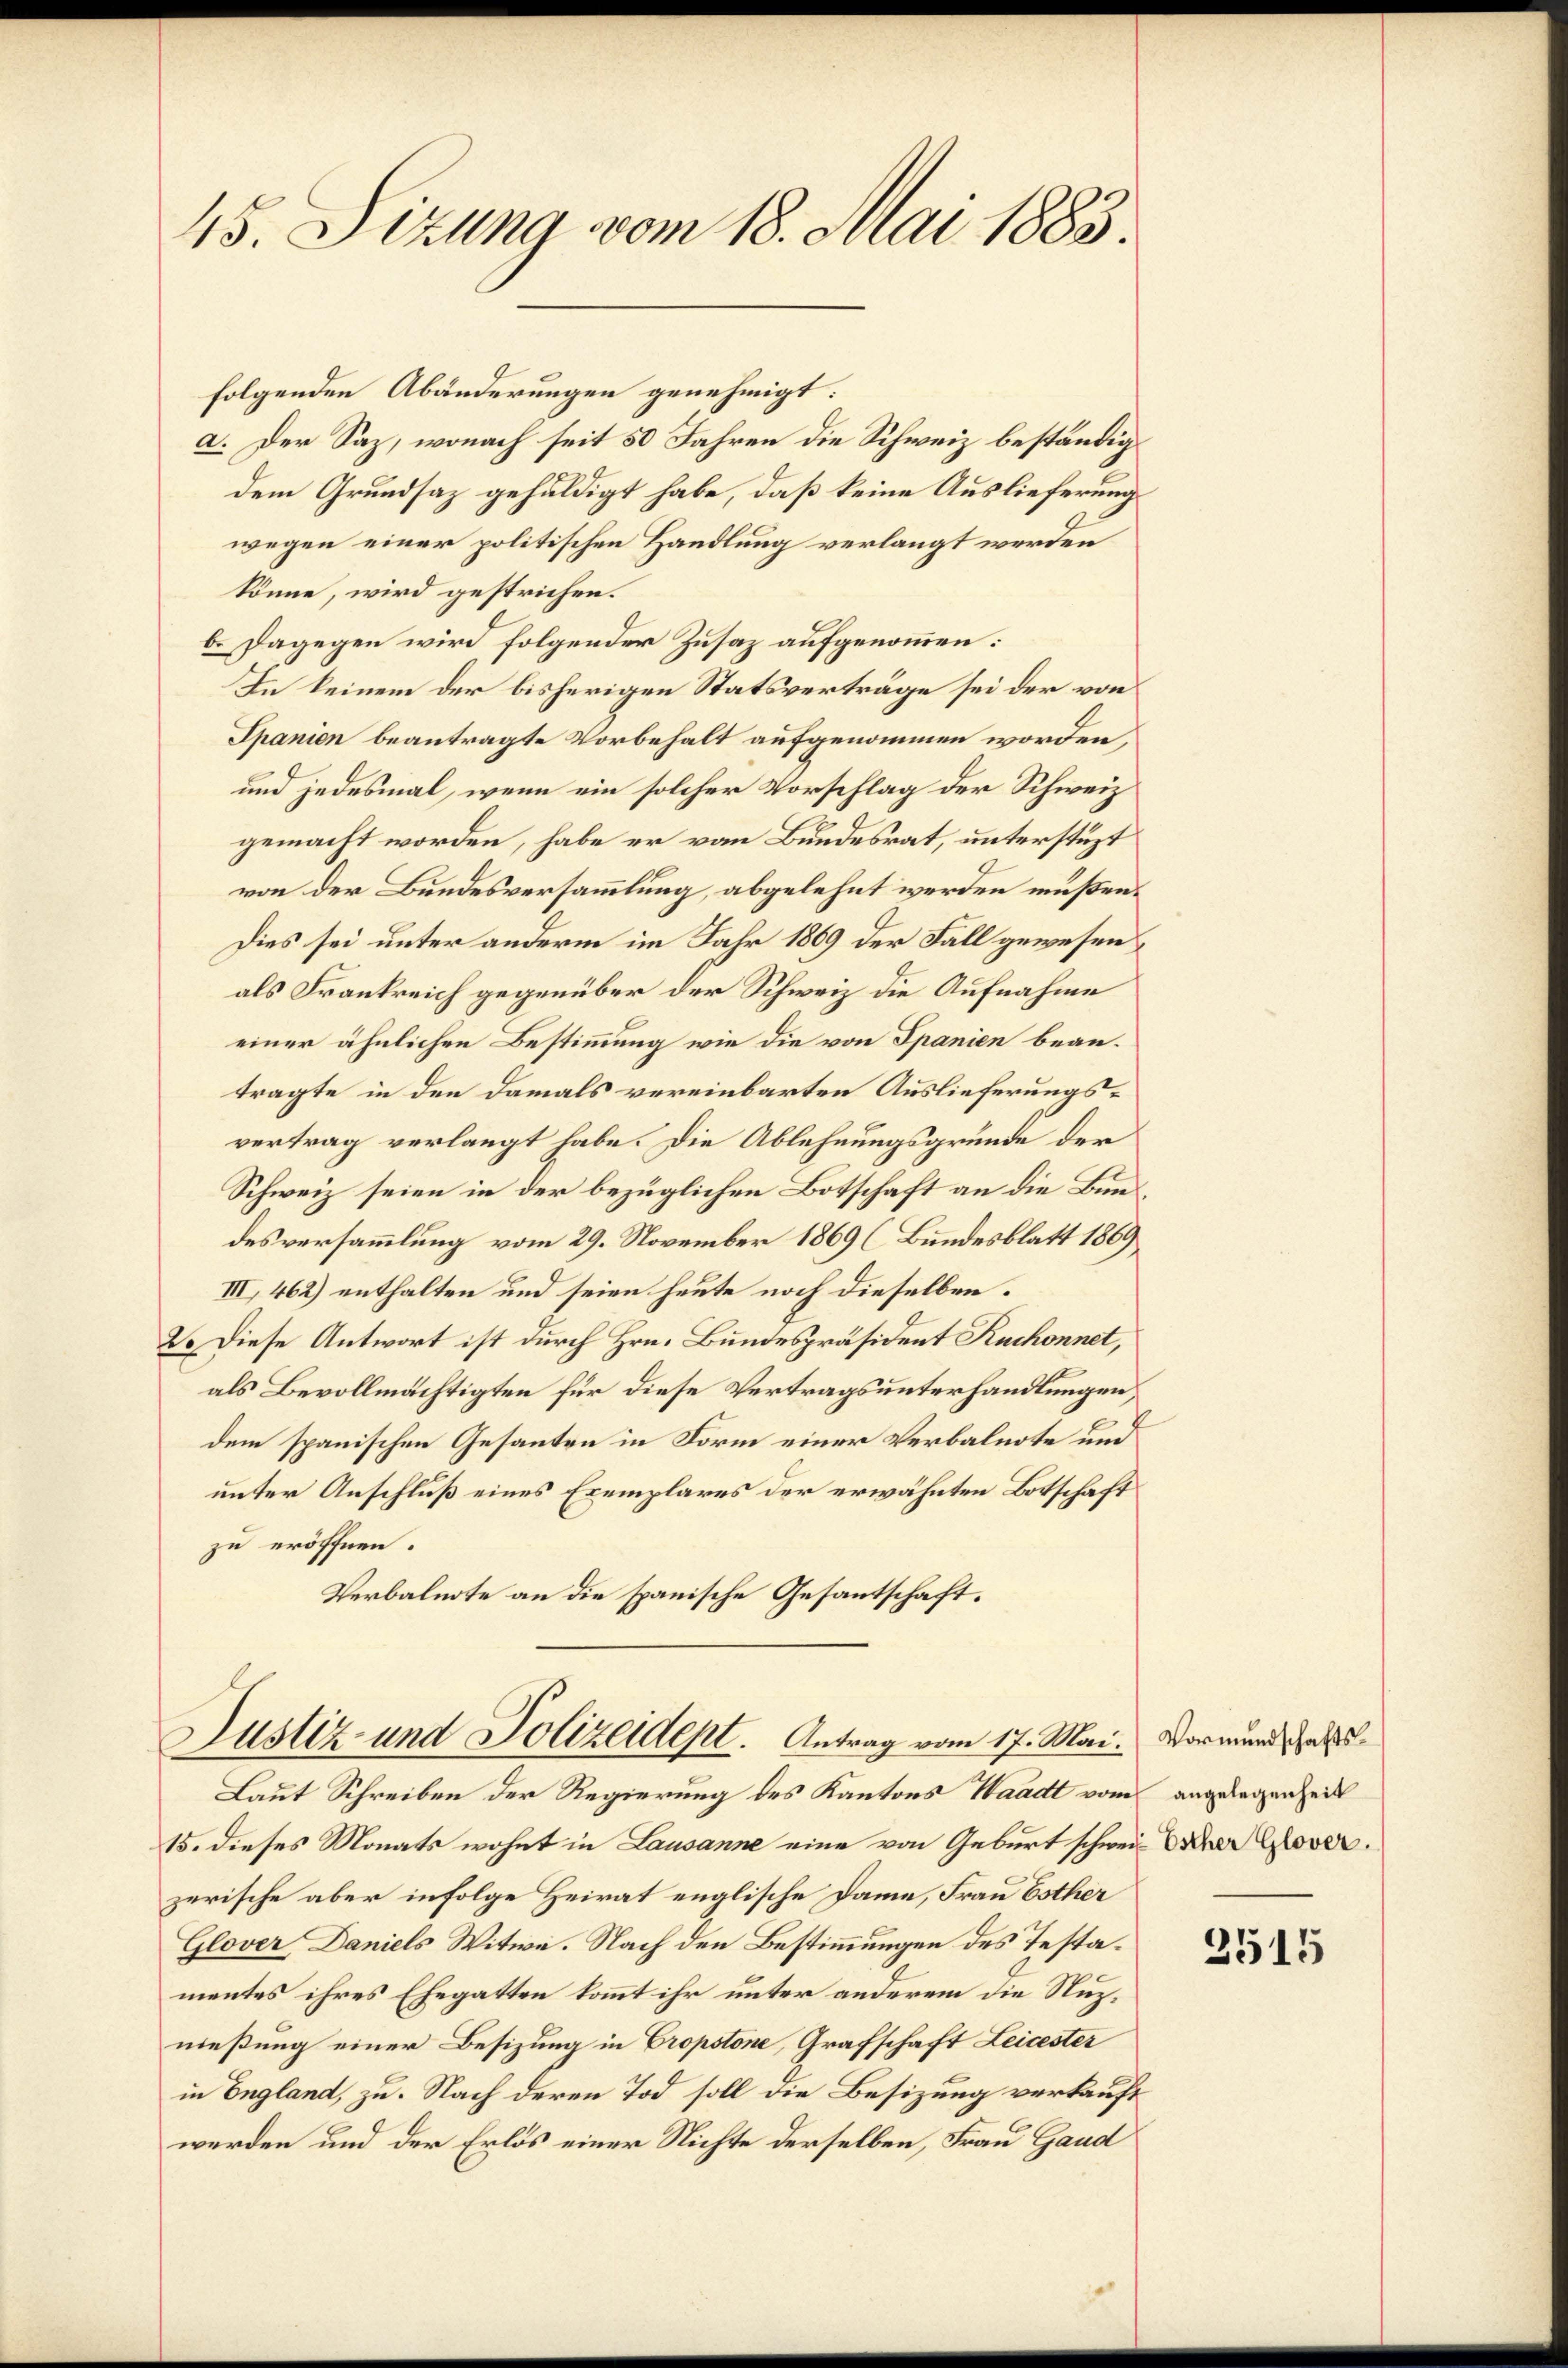
45. Sizung vom 18. Mai 1883.

folgenden Abänderungen genehmigt:
a. Der Saz, wonach seit 50 Jahren die Schweiz beständigdem Grundsaz gehuldigt habe, daß keine Auslieferung
wegen einer politischen Handlung verlangt werden
könne, wird gestrichen.
b. Dagegen wird folgender Zusaz aufgenommen:
In keinem der bisherigen Statsverträge sei der von
Spanien beantragte Vorbehalt aufgenommen worden,
und jedesmal, wenn ein solcher Vorschlag der Schweiz
gemacht worden, habe er von Bundesrat, unterstüzt
von der Bundesversammlung, abgelehnt werden müßen.
Dies sei unter anderm im Jahr 1869 der Fall gewesen
als Frankreich gegenüber der Schweiz die Aufnahme
einer ähnlichen Bestimmung wie die von Spanien beantragte in den damals vereinbarten Auslieferungsvertrag verlangt habe. Die Ablehnungsgrunde der
Schweiz seien in der bezüglichen Botschaft an die Bundesversammlung vom 29. November 1869 (Bundesblatt 1869,
III, 462) enthalten und seien heute noch dieselben.
2. Diese Antwort ist durch Hrn. Bundespräsident Ruchonnet,
als Bevollmächtigten für diese Vertragsunterhandlungen,
dem spanischen Gesanten in Form einer Verbalnote und
unter Anschluß eines Exemplares der erwähnten Botschaft
zu eröffnen.
Verbalnote an die spanische Gesantschaft.

Justiz- und Polizeidept. Antrag vom 17. Mai.
Laut Schreiben der Regierung des Kantons Waadt vom angelegenheit

15. dieses Monats wohnt in Lausanne eine von Geburt schweil daher Glover
zerische aber infolge Heirat englische Dame, Frau Esther
Glover Daniels Witwe. Nach den Bestimmungen des Testamentes ihres Ehegatten kommt ihr unter anderem die Nuznießung einer Besizung in Propstone, Grafschaft Leicester
in England, zu. Nach deren Tod soll die Besizung verkauft
werden und der Erlös einer Nichte derselben, Frau Gaud

Vormundschafts¬

2515